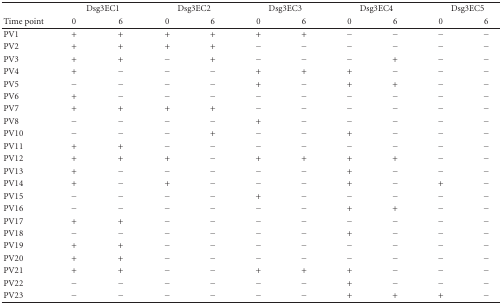
|  | <COLSPAN=2> Dsg3EC1 | <COLSPAN=2> Dsg3EC2 | <COLSPAN=2> Dsg3EC3 | <COLSPAN=2> Dsg3EC4 | <COLSPAN=2> Dsg3EC5 |
 | Time point | 0 | 6 | 0 | 6 | 0 | 6 | 0 | 6 | 0 | 6 |
 | --- | --- | --- | --- | --- | --- | --- | --- | --- | --- | --- |
 | PV1 | + | + | + | + | + | + | − | − | − | − |
 | PV2 | + | + | + | + | − | − | − | − | − | − |
 | PV3 | + | + | − | + | − | − | − | + | − | − |
 | PV4 | + | − | − | − | + | + | + | − | − | − |
 | PV5 | − | − | − | − | + | − | + | + | − | − |
 | PV6 | + | − | − | − | − | − | − | − | − | − |
 | PV7 | + | + | + | + | − | − | − | − | − | − |
 | PV8 | − | − | − | − | + | − | − | − | − | − |
 | PV10 | − | − | − | + | − | − | + | − | − | − |
 | PV11 | + | + | − | − | − | − | − | − | − | − |
 | PV12 | + | + | + | − | + | + | + | + | − | − |
 | PV13 | + | − | − | − | − | − | + | − | − | − |
 | PV14 | + | − | + | − | − | − | + | − | + | − |
 | PV15 | − | − | − | − | + | − | − | − | − | − |
 | PV16 | − | − | − | − | − | − | + | + | − | − |
 | PV17 | + | + | − | − | − | − | − | − | − | − |
 | PV18 | − | − | − | − | − | − | + | − | − | − |
 | PV19 | + | + | − | − | − | − | − | − | − | − |
 | PV20 | + | + | − | − | − | − | − | − | − | − |
 | PV21 | + | + | − | − | + | + | + | − | − | − |
 | PV22 | − | − | − | − | − | − | + | − | − | − |
 | PV23 | − | − | − | − | − | − | + | + | + | − |